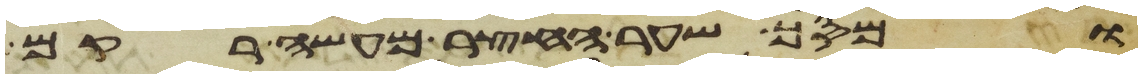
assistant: ומסך שער החצר מעשה רקם